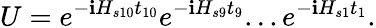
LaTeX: U=e^{-\mathbf{i}H_{s10}t_{10}}e^{-\mathbf{i}H_{s9}t_{9}}...e^{-\mathbf{i}H_{s1}t_{1}}.